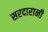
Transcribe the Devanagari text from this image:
सरदारानी